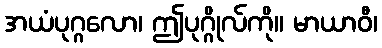
အယံပုဂ္ဂလော၊ ဤပုဂ္ဂိုလ်ကို။ မာယာဝီ၊